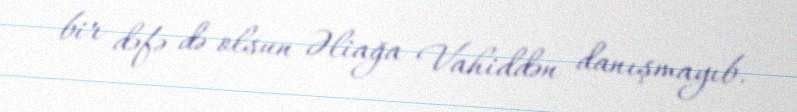
bir dəfə də olsun Əliağa Vahiddən danışmayıb.